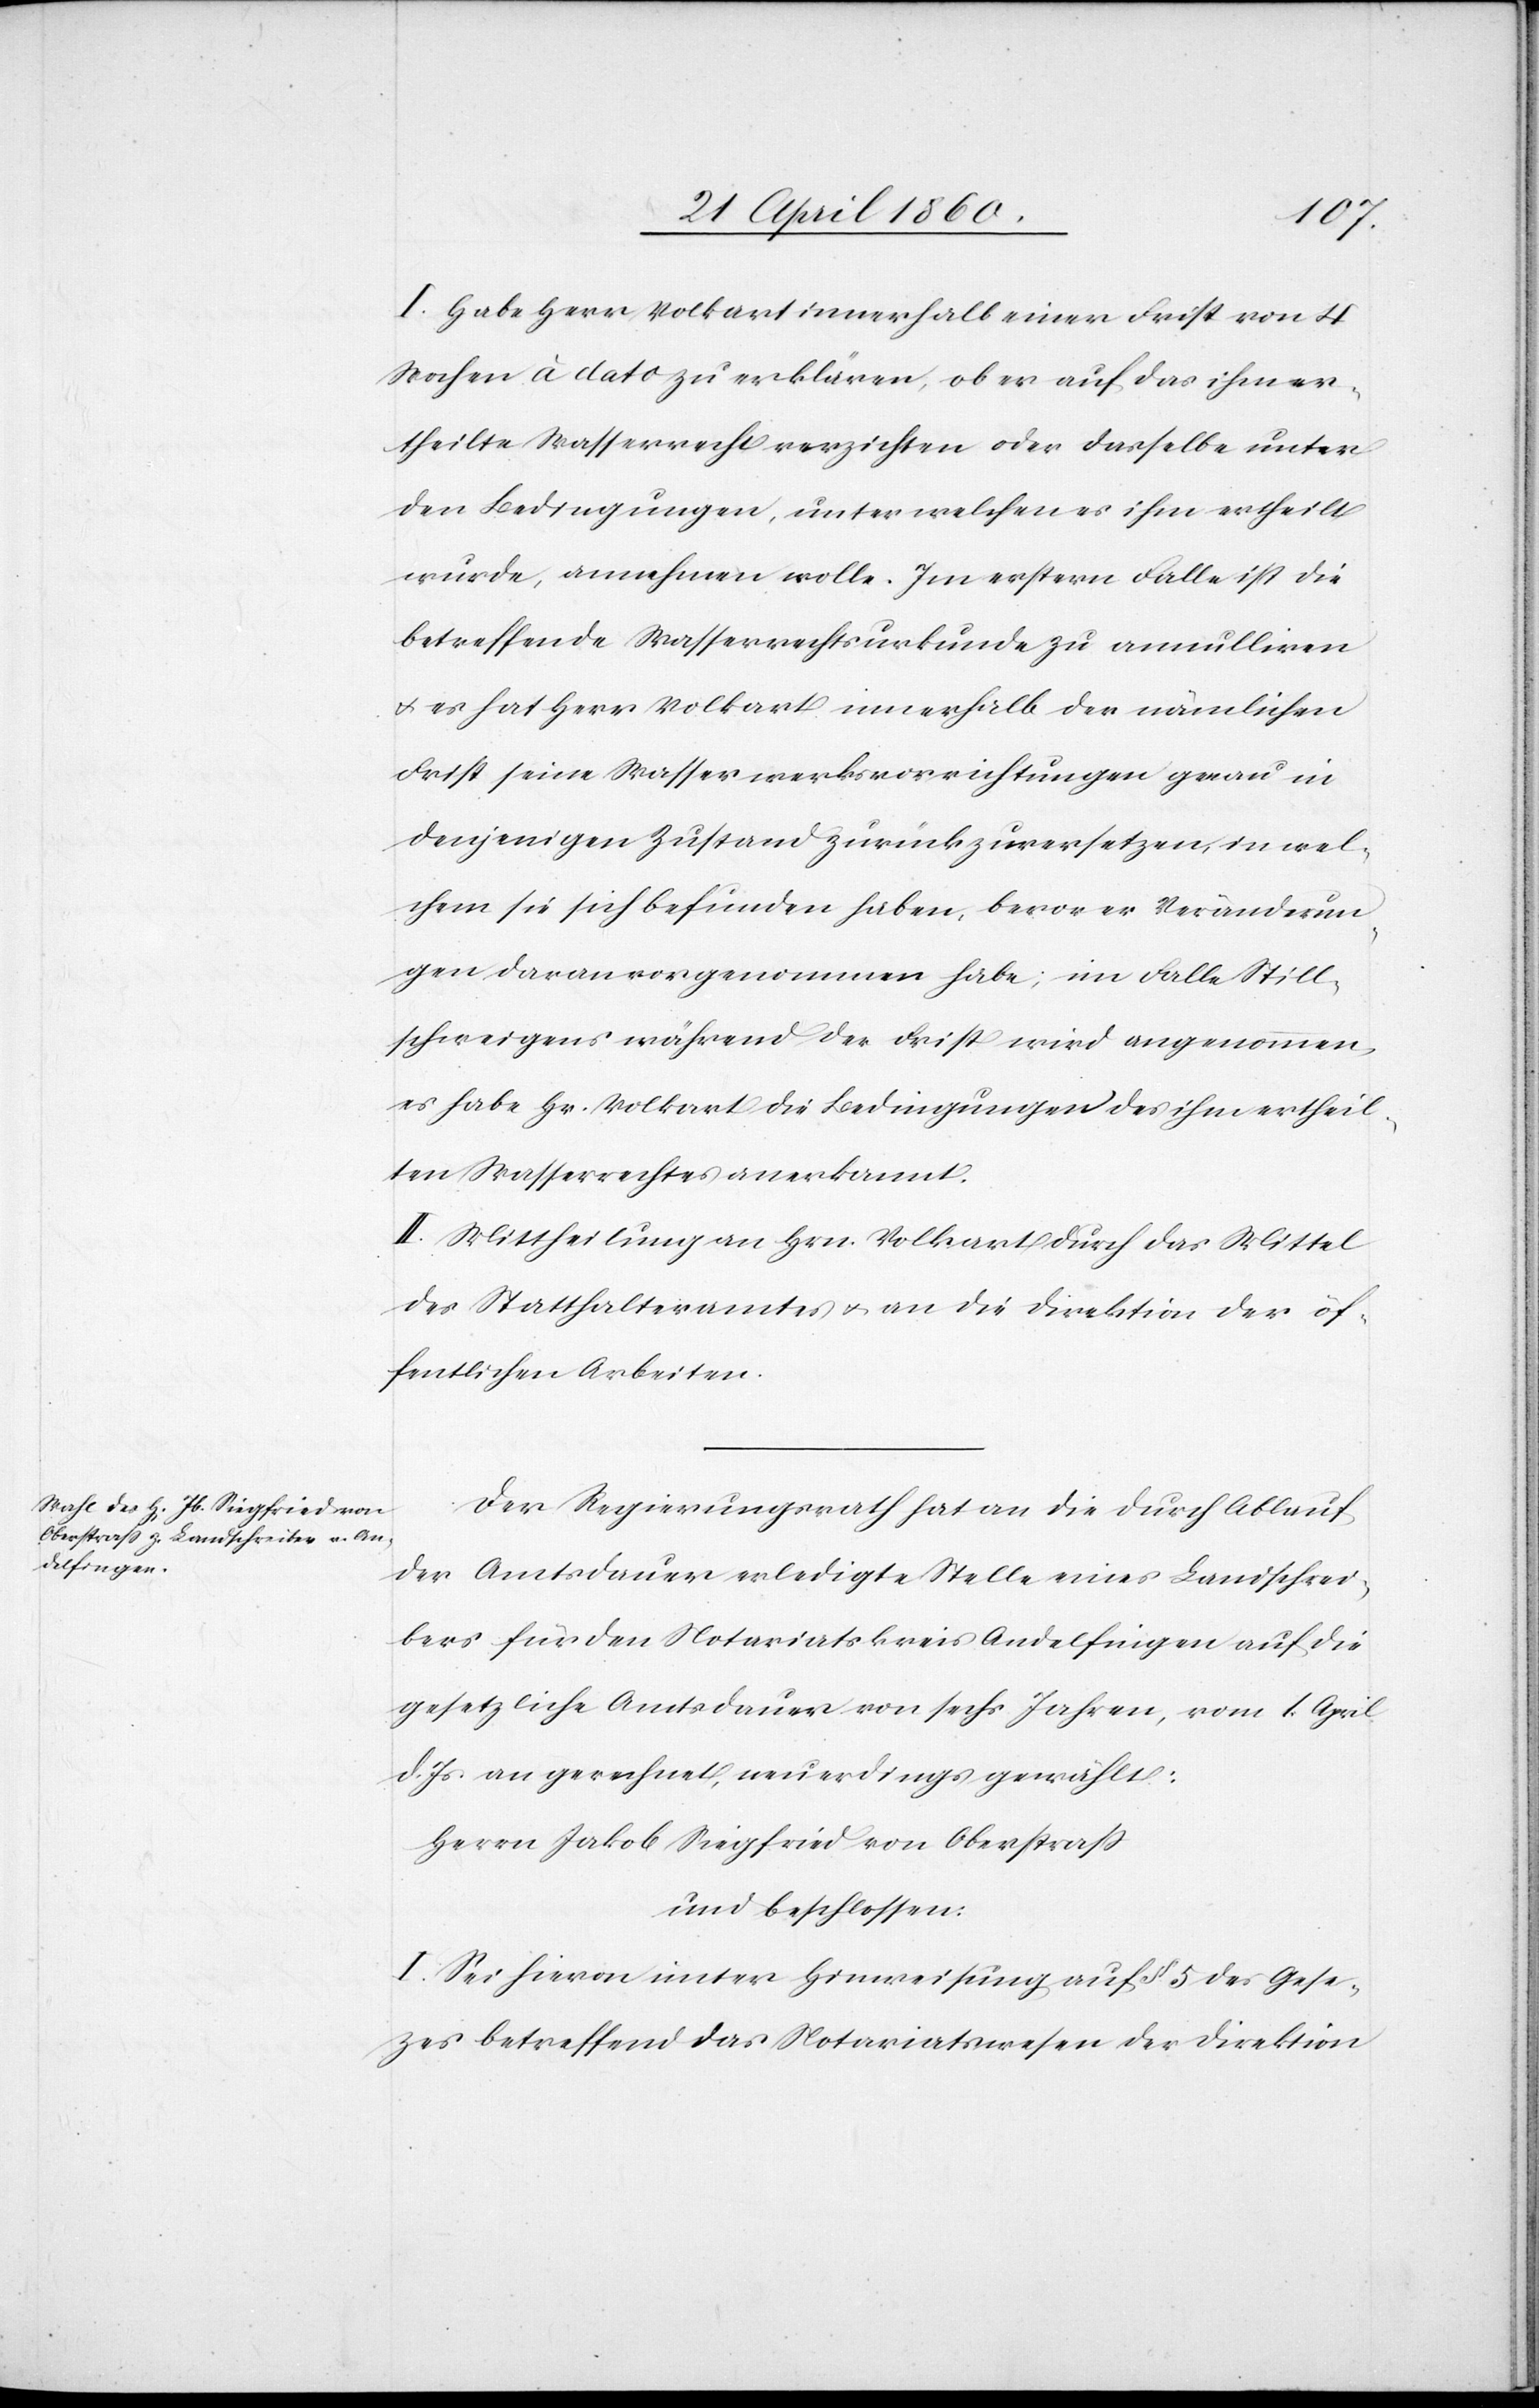
I. Habe Herr Volkart innerhalb einer Frist von 4
Wochen à dato zu erklären, ob er auf das ihm er¬
theilte Wasserrecht verzichten oder dasselbe unter
den Bedingungen, unter welchen es ihm ertheilt
wurde, annehmen wolle. Im erstern Falle ist die
betreffende Wasserrechtsurkunde zu annulliren
u. es hat Hr. Volkart innerhalb der nämlichen
Frist seine Wasserwerksvorrichtungen genau in
denjenigen Zustand zurückzuversetzen, in wel¬
chem sie sich befunden haben, bevor er Veränderun¬
gen daran vorgenommen habe; im Falle Still¬
schweigens während der Frist wird angenommen,
es habe Hr. Volkart die Bedingungen des ihm ertheil¬
ten Wasserrechtes anerkannt.
II. Mittheilung an Hrn. Volkart durch das Mittel
des Statthalteramtes u. an die Direktion der öf¬
fentlichen Arbeiten.
Der Regierungsrath hat an die durch Ablauf
der Amtsdauer erledigte Stelle eines Landschrei¬
bers für den Notariatskreis Andelfingen auf die
gesetzliche Amtsdauer von sechs Jahren, vom 1. April
d. Js. an gerechnet, neuerdings gewählt:
Herrn Jakob Siegfried von Oberstrass
und beschlossen.
I. Sei hievon unter Hinweisung auf §. 5. des Geset¬
zes betreffend das Notariatswesen der Direktion